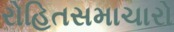
રોહિતસમાચારો